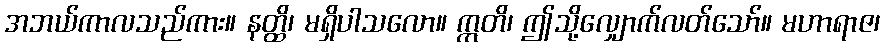
အဘယ်ကာလသည်ကား။ နတ္ထိ၊ မရှိပါသလော။ ဣတိ၊ ဤသို့လျှောက်လတ်သော်။ မဟာရာဇ၊